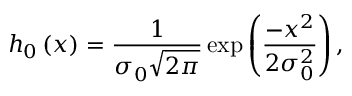
h _ { 0 } \left( x \right) = \frac { 1 } { \sigma _ { 0 } \sqrt { 2 \pi } } \exp \left( \frac { - x ^ { 2 } } { 2 \sigma _ { 0 } ^ { 2 } } \right) ,